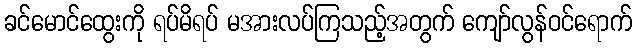
ခင်မောင်ထွေးကို ရပ်မိရပ် မအားလပ်ကြသည့်အတွက် ကျော်လွန်ဝင်ရောက်